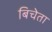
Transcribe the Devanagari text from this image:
बिचेता